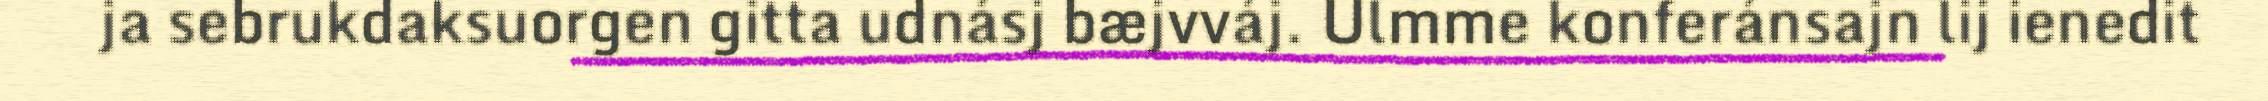
ja sebrukdaksuorgen gitta udnásj bæjvváj. Ulmme konferánsajn lij ienedit